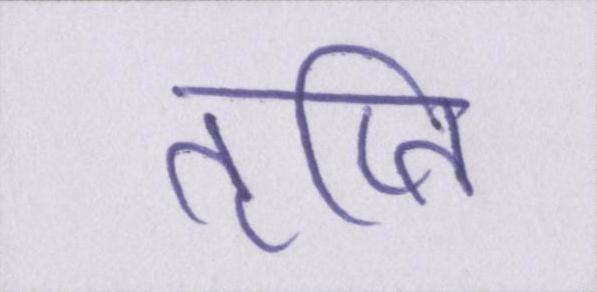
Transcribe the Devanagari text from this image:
तृप्ति